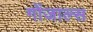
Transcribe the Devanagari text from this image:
गोंजाल्स